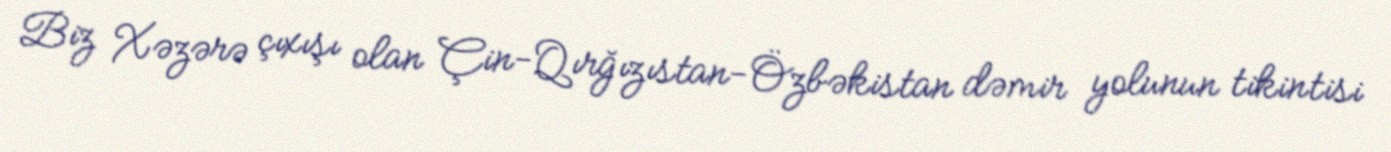
Biz Xəzərə çıxışı olan Çin-Qırğızıstan-Özbəkistan dəmir yolunun tikintisi